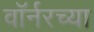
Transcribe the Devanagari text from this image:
वॉर्नरच्या